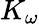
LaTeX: K_{\omega}